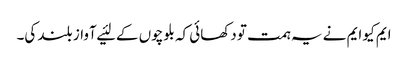
ایم کیو ایم نے یہ ہمت تو دکھائی کہ بلوچوں کے لئیے آواز بلند کی۔